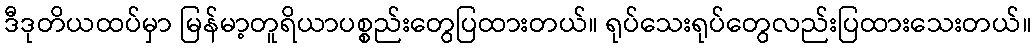
ဒီဒုတိယထပ်မှာ မြန်မာ့တူရိယာပစ္စည်းတွေပြထားတယ်။ ရုပ်သေးရုပ်တွေလည်းပြထားသေးတယ်။